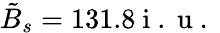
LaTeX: \tilde{B}_{s}=131.8\mathrm{~i~.~u~.~}